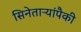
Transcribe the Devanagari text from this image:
सिनेताऱ्यांपैकी